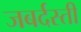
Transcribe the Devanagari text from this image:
जबर्दस्‍ती